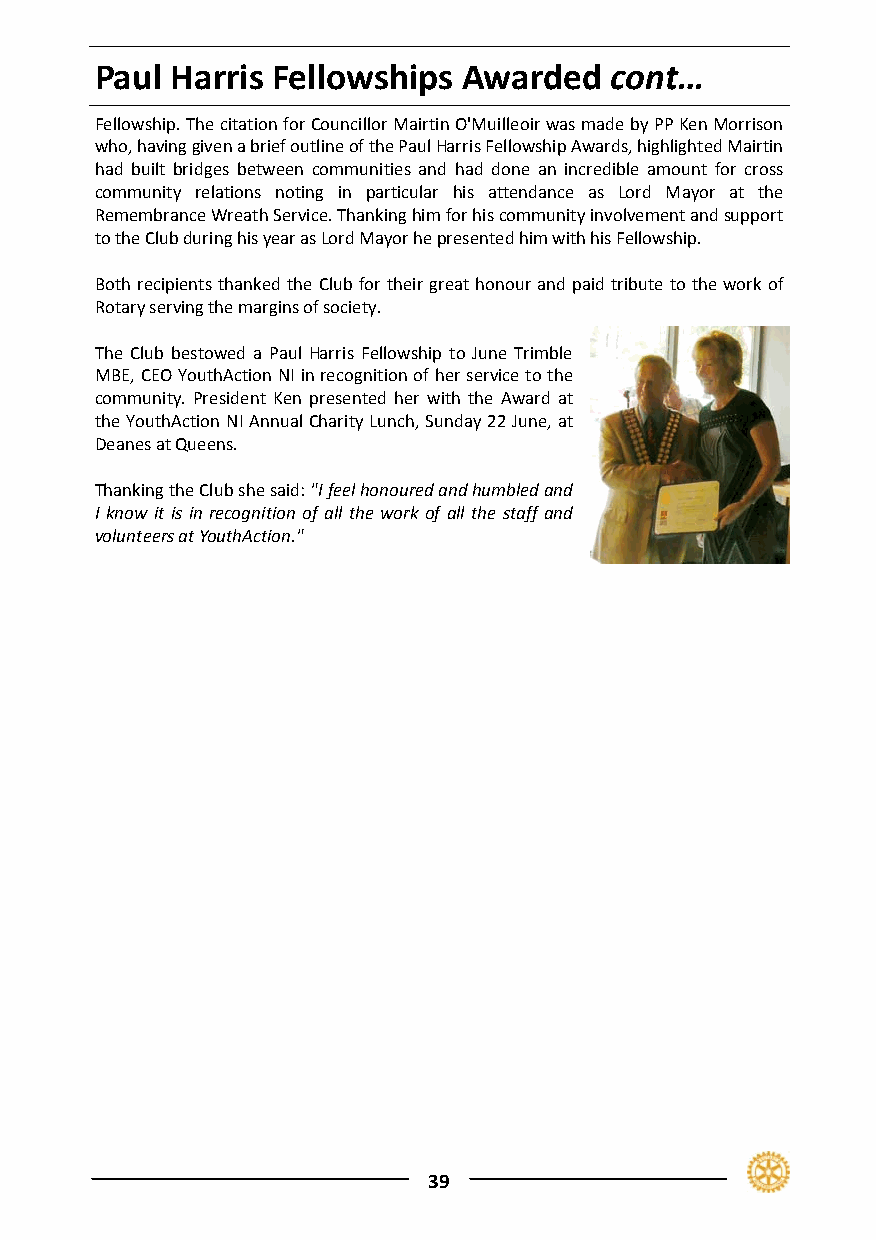
Paul Harris Fellowships  Awarded  cont…
 Fellowship. The citation for Councillor Mairtin O'Muilleoir was made by PP Ken Morrison
 who, having given a brief outline of the Paul Harris Fellowship Awards, highlighted Mairtin
 had built bridges between communities and had done an incredible amount for cross
 community relations noting in particular his attendance as Lord Mayor at the
 Remembrance Wreath Service. Thanking him for his community involvement and support
 to the Club during his year as Lord Mayor he presented him with his Fellowship.
 Both recipients thanked the Club for their great honour and paid tribute to the work of
 Rotary serving the margins of society.
 The Club bestowed a Paul Harris Fellowship to June Trimble
 MBE, CEO YouthAction NI in recognition of her service to the
 community. President Ken presented her with the Award at
 the YouthAction NI Annual Charity Lunch, Sunday 22 June, at
 Deanes at Queens.
 Thanking the Club she said: "I feel honoured and humbled and
 I know it is in recognition of all the work of all the staff and
 volunteers at YouthAction."
 39